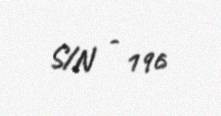
S/N - 196